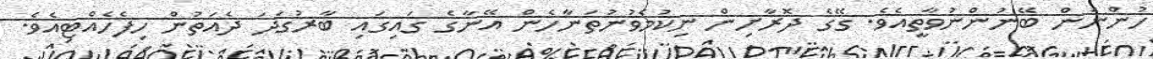
ހުންނަން ބޭނުންނުވާތީއެވެ. ގޭގެ ދޮރާށިން ނިކުމެވުނުތަނާހެން އޭނާގެ ގައިގައި ބާރުގަދަ ދެއަތުން ހިފެހެއްޓިއެވެ.